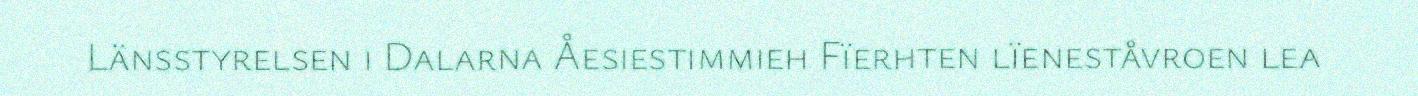
Länsstyrelsen i Dalarna Åesiestimmieh Fïerhten lïeneståvroen lea